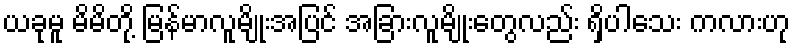
ယခုမူ မိမိတို့ မြန်မာလူမျိုးအပြင် အခြားလူမျိုးတွေလည်း ရှိပါသေး ကလားဟု